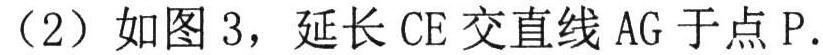
（2）如图3，延长\(CE\)交直线\(AG\)于点\(P\).